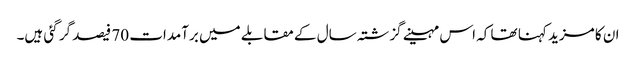
ان کا مزید کہنا تھا کہ اس مہینے گزشتہ سال کے مقابلے میں برآمدات 70 فیصد گر گئی ہیں۔